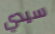
سيدي